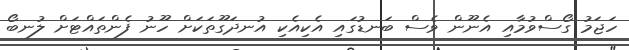
ހަޖަމު ގޯސްވުމާއި އެނޫން ވެސް ބަނޑުގައި އެކިއެކި އުނދަގޫތަކަށް ހޫނު ފެންތައްޓަށް ލުނބޯ